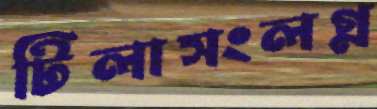
টিলাসংলগ্ন